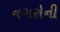
નગરોની